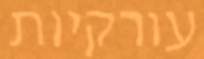
עורקיות